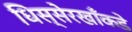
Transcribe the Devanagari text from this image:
धिस्सेरखाँकडे